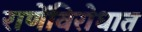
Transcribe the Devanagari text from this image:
राणेंविरोधात